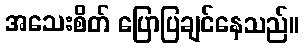
အသေးစိတ် ပြောပြချင်နေသည်။